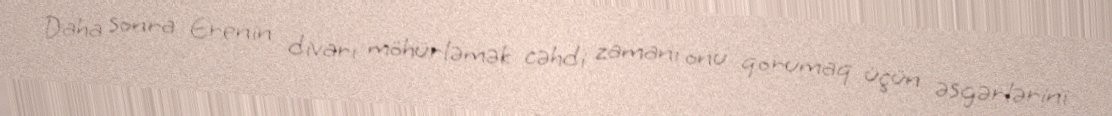
Daha sonra Erenin divarı möhürləmək cəhdi zamanı onu qorumaq üçün əsgərlərini